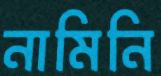
নামিনি